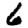
Digit: 6